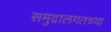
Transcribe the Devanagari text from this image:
समुद्रालगतच्या